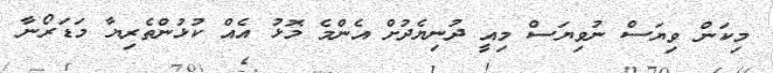
މިކަން ވިޔަސް ނުވިޔަސް މިއީ ދުނިޔެދުށް އެންމެ މޮޅު އެއް ކުޅުންތެރިޔާ މަޑަރޯނާ